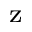
\mathrm { ^ z }